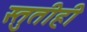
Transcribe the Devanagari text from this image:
स्तुतीही